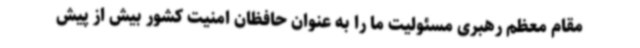
مقام معظم رهبری مسئولیت ما را به عنوان حافظان امنیت کشور بیش از پیش